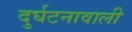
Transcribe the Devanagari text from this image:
दुर्घटनावाली